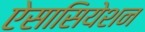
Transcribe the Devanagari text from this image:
ऐसासियेशन